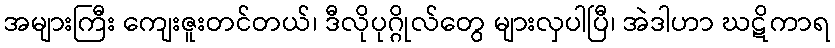
အများကြီး ကျေးဇူးတင်တယ်၊ ဒီလိုပုဂ္ဂိုလ်တွေ များလှပါပြီ၊ အဲဒါဟာ ဃဋိကာရ